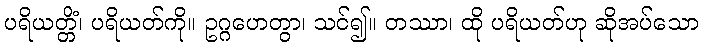
ပရိယတ္တိံ၊ ပရိယတ်ကို။ ဥဂ္ဂဟေတွာ၊ သင်၍။ တဿာ၊ ထို ပရိယတ်ဟု ဆိုအပ်သော